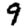
Digit: 9